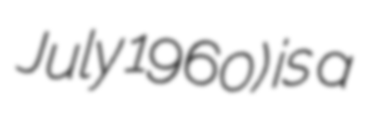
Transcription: July 1960) is a